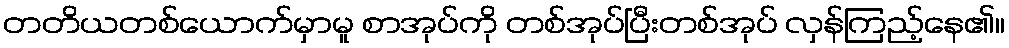
တတိယတစ်ယောက်မှာမူ စာအုပ်ကို တစ်အုပ်ပြီးတစ်အုပ် လှန်ကြည့်နေ၏။